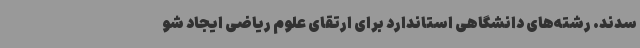
سدند. رشته‌های دانشگاهی استاندارد برای ارتقای علوم ریاضی ایجاد شو